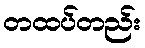
တထပ်တည်း